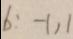
b : - 1 , 1